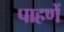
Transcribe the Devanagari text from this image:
पाहणें